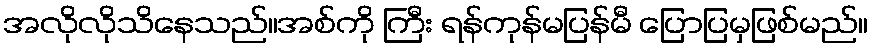
အလိုလိုသိနေသည်။အစ်ကို ကြီး ရန်ကုန်မပြန်မီ ပြောပြမှဖြစ်မည်။